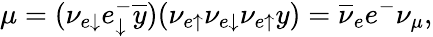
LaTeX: \mu=(\nu_{e\downarrow}e_{\downarrow}^{-}\overline{{{y}}})(\nu_{e\uparrow}\nu_{e\downarrow}\nu_{e\uparrow}y)=\overline{{{\nu}}}_{e}e^{-}\nu_{\mu},